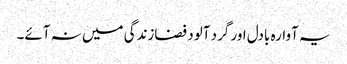
یہ آوارہ بادل اور گرد آلود فضازندگی میں نہ آئے۔